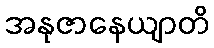
အနုဇာနေယျာတိ